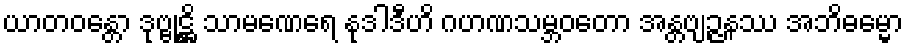
ယာတဝန္တော ဒုဗ္ဗုဋ္ဌိ သာမဏေရေ နုဒါဒီဟိ ဂဟဏသမ္ဘဝတော အန္တဗျဉ္ဇနဿ အဘိဓမ္မော